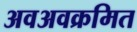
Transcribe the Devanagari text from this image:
अवअवक्रमित